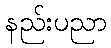
နည်းပညာ